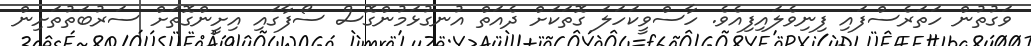
ވަގުތުން ހަތަރެސްފައި ފިނިވެލައިފިއެވެ. ހާސްވީކަހަލަ ގޮތަކަށް ދެއަތް އުނގުޅަމުންގޮސް ސޯފާގައި އިށީންގޮތަށް ސަރުބަތުތަށިން